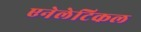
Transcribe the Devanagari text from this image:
एनेलेटिकल